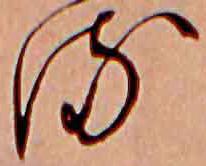
る